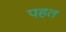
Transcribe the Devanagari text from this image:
पहत